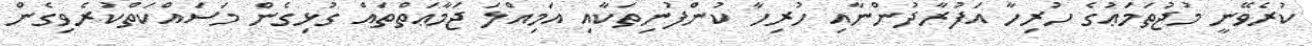
ކުރެވޭނީ މުޖުތަމަޢުގެ ހުރިހާ އަފުރާދުންނާއި ހުރިހާ ކުންފުނިތަކާއި އަމިއްލަ ޖަމާޢަތްތައް ގުޅިގެން މަސައްކަތްކުރެވިގެން